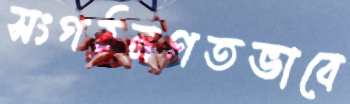
সংগঠনগতভাবে